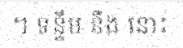
។ ទន្ទឹម នឹង នោះ